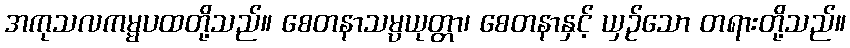
အကုသလကမ္မပထတို့သည်။ စေတနာသမ္ပယုတ္တာ၊ စေတနာနှင့် ယှဉ်သော တရားတို့သည်။